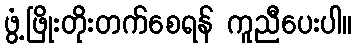
ဖွံ့ဖြိုးတိုးတက်စေရန် ကူညီပေးပါ။